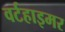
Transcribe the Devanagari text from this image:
वर्टहाइमर